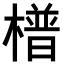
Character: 𣚴